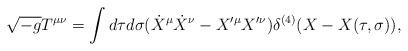
LaTeX: \begin{align*}\sqrt{-g}T^{\mu\nu}=\int d\tau d\sigma (\dot{X}^\mu\dot{X}^\nu-X'^\mu X'^\nu)\delta^{(4)}(X-X(\tau,\sigma)),\end{align*}